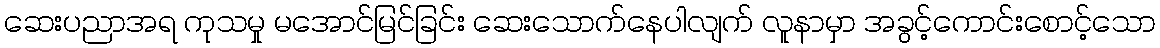
ဆေးပညာအရ ကုသမှု မအောင်မြင်ခြင်း ဆေးသောက်နေပါလျက် လူနာမှာ အခွင့်ကောင်းစောင့်သော